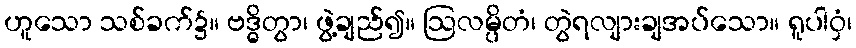
ဟူသော သစ်ခက်၌။ ဗဒ္ဓိတွာ၊ ဖွဲ့ချည်၍။ ဩလမ္ပိတံ၊ တွဲရလျားချအပ်သော။ ရူပါဝှံ၊